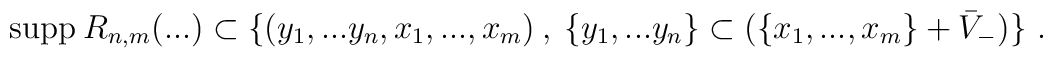
{\rm supp}\>R_{n,m}\bigl(...\bigr)\subset\{(y_1,...y_n,x_1,...,x_m)\>,\>\{y_1,...y_n\}\subset (\{x_1,...,x_m\}+\bar V_-)\} \ .